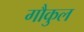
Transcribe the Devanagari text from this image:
गौकुल